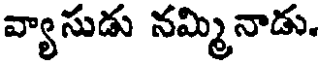
వ్యాసుడు నమ్మినాడు.